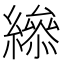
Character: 𦅒